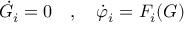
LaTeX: { \dot { G } } _ { i } = 0 \quad , \quad { \dot { \varphi } } _ { i } = F _ { i } ( G )